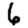
Digit: 6